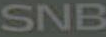
SNB